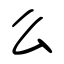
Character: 么